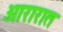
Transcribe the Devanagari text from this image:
आरारात